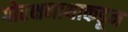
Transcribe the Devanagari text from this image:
गोरक्षनाथाकडून